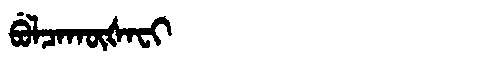
Manchu: ᠪᡠᠯᠴᠠᡴᡡᡧᠠᠸᡳ
Romanization: BULCAKŪŠAFI